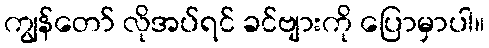
ကျွန်တော် လိုအပ်ရင် ခင်ဗျားကို ပြောမှာပါ။